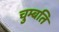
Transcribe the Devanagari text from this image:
चुम्बति